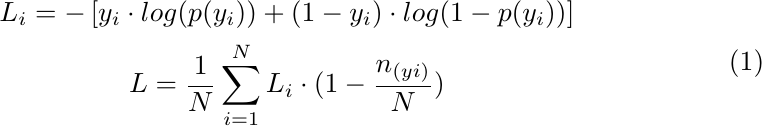
\begin{equation}
\label{equation:weight_BCE}
\begin{gathered}
    L_i = -\left[y_i\cdot log(p(y_i)) + (1-y_i) \cdot log(1-p(y_i)) \right] \\
    L = \frac{1}{N}\sum_{i=1}^{N}L_i   \cdot (1- \frac{n_{(yi)}}{N})
    \end{gathered}
\end{equation}